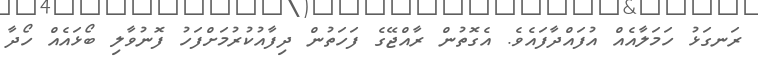
ރަނގަޅު ހަމަލާއެއް އުފައްދާފައެވެ. އެގޮތުން ރާއްޖޭގެ ފަހަތުން ދިފާއުކުރުމަށްފަހު ފޮނުވާލި ބޯޅައެއް ހޯދާ